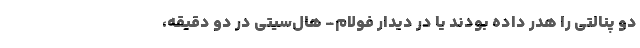
دو پنالتی را هدر داده بودند یا در دیدار فولام- هال‌سیتی در دو دقیقه،